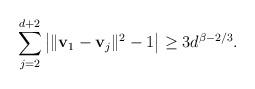
LaTeX: \begin{align*}\sum_{j=2}^{d+2}\left|\|\mathbf v_1-\mathbf v_j\|^2-1\right|\geq 3d^{\beta-2/3}.\end{align*}